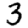
Digit: 3